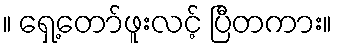
။ ရှေ့တော်ဖူးလင့် ပြီတကား။